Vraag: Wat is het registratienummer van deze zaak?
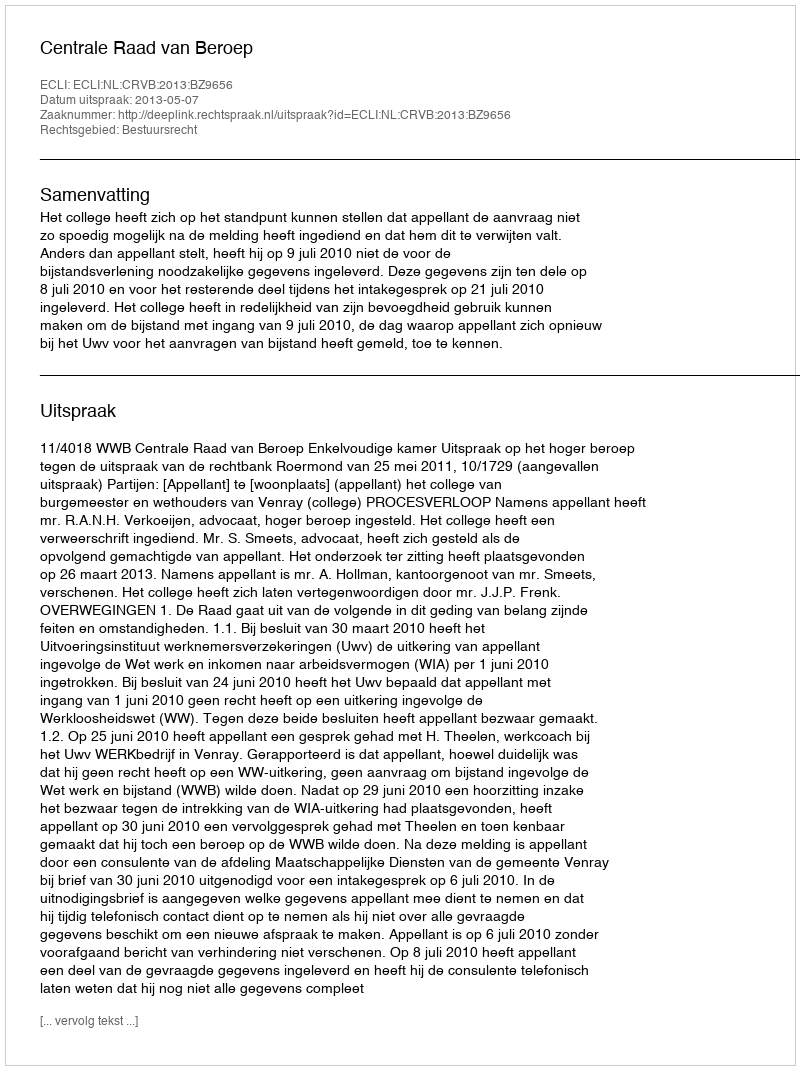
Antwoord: http://deeplink.rechtspraak.nl/uitspraak?id=ECLI:NL:CRVB:2013:BZ9656